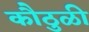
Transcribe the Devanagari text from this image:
कौठुळी